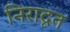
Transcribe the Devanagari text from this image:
निरादृत